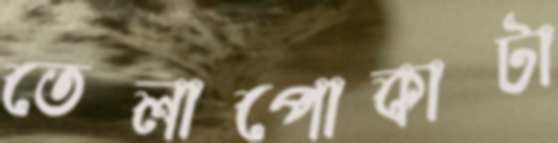
তেলাপোকাটা